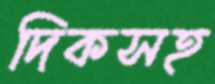
দিকসহ